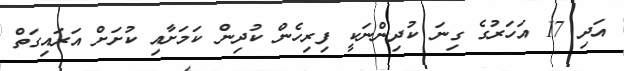
އަދި 17 އަހަރުގެ ގިނަ ކުދިންނަކީ ފިރިހެން ކުދިން ކަމަށާއި ކުށަށް އަރައިގަތް